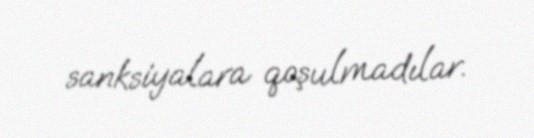
sanksiyalara qoşulmadılar.